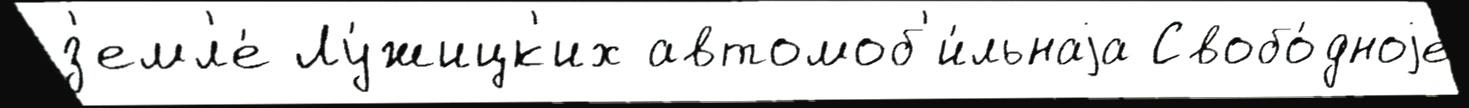
з'емл'е́ Лу́жицк'их автомоб'и́льнаjа Свобо́дноjе